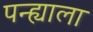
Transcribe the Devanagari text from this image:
पन्ह्याला